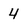
Character: 4